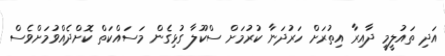
އަދި ތައުލީމީ ދާއިރާ އިތުރަށް ހަރުދަނާ ކުރުމަށް ސްކޫލާ ގުޅިގެން މަސައްކަތް ކޮށްދެއްވުމަށްވެސް